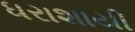
ધરાશાયી